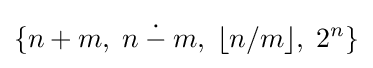
\{n+m,\;n\mathbin {\dot {-}} m,\;\lfloor n/m\rfloor ,\;2^{n}\}